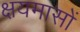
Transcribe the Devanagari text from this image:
क्षयमासों